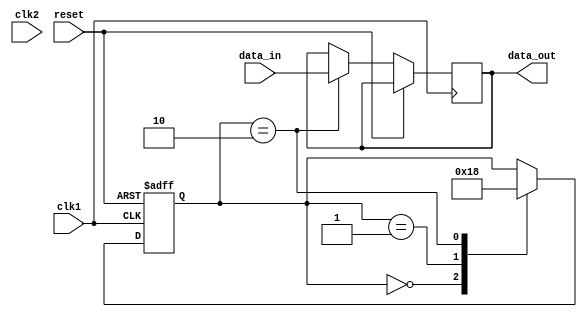
module Synchronizer (
    input wire clk1, // Clock from the first domain
    input wire clk2, // Clock from the second domain
    input wire reset, // Reset signal
    input wire data_in, // Data input signal
    output reg data_out // Data output signal
);

reg [1:0] data_sync; // Data synchronization circuit
reg request, acknowledge, ready; // Handshaking logic signals

always @(posedge clk1 or posedge reset) begin
    if (reset) begin
        data_sync <= 2'b00;
        request <= 0;
    end else begin
        case (data_sync)
            2'b00: data_sync <= 2'b01;
            2'b01: data_sync <= 2'b10;
            2'b10: begin
                data_out <= data_in;
                data_sync <= 2'b00;
                request <= 1;
            end
        endcase
    end
end

always @(posedge clk2 or posedge reset) begin
    if (reset) begin
        acknowledge <= 0;
        ready <= 0;
    end else begin
        case (data_sync)
            2'b01: begin
                acknowledge <= 1;
                request <= 0;
            end
            2'b10: begin
                ready <= 1;
                acknowledge <= 0;
            end
        endcase
    end
end

endmodule